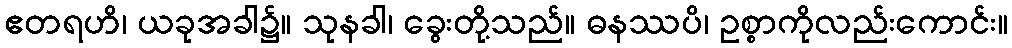
ဧတရဟိ၊ ယခုအခါ၌။ သုနခါ၊ ခွေးတို့သည်။ ဓနဿပိ၊ ဥစ္စာကိုလည်းကောင်း။